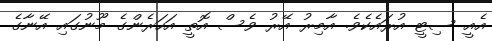
އެއީ ސިޓީ އުރައެކެވެ. އާމިރު އޭރު ވެސް އޮތީ އަހަރެންގެ މޫނުގައި އޭނާގެ